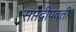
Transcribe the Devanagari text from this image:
सप्तद्वीपवती